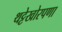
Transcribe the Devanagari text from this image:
थट्टेखोरपणा